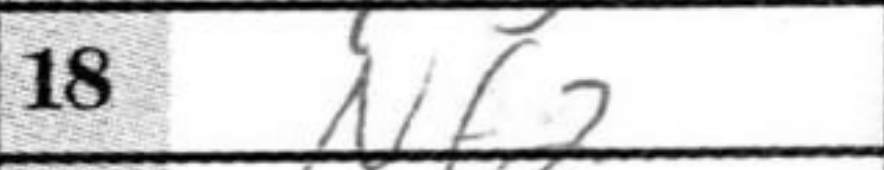
Transcription: Nf2